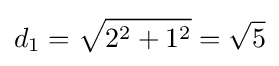
d_{1}={\sqrt {2^{2}+1^{2}}}={\sqrt {5}}